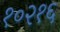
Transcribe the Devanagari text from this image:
१०२१६